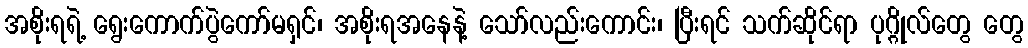
အစိုးရရဲ့ ရွေးကောက်ပွဲကော်မရှင်၊ အစိုးရအနေနဲ့ သော်လည်းကောင်း၊ ပြီးရင် သက်ဆိုင်ရာ ပုဂ္ဂိုလ်တွေ တွေ